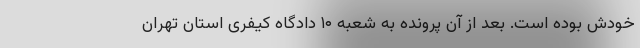
خودش بوده است. بعد از آن پرونده به شعبه ۱۰ دادگاه کیفری استان تهران